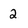
Character: 2